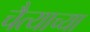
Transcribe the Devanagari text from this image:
चैत्याच्या